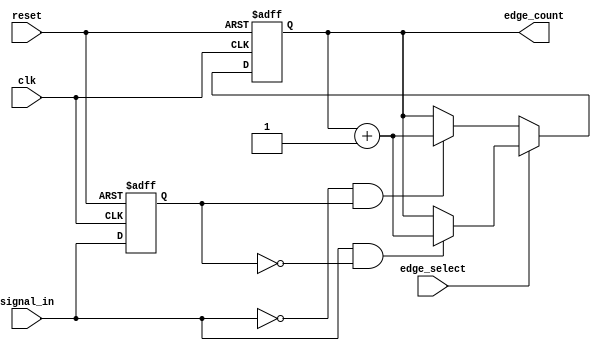
module edge_counter (
    input wire clk,                // Clock input signal
    input wire reset,              // Asynchronous reset signal
    input wire signal_in,          // Input signal for edge detection
    input wire edge_select,        // Control signal to select edge type (1 for rising, 0 for falling)
    output reg [31:0] edge_count   // Output binary edge count
);

    reg signal_in_prev;            // Register to store the previous state of signal_in

    // Asynchronous reset and edge counting logic
    always @(posedge clk or posedge reset) begin
        if (reset) begin
            edge_count <= 32'b0;    // Reset edge count to zero
            signal_in_prev <= 1'b0; // Initialize previous state
        end else begin
            // Edge detection logic
            if (edge_select) begin // Count rising edges
                if (signal_in && !signal_in_prev) begin
                    edge_count <= edge_count + 1; // Increment count on rising edge
                end
            end else begin // Count falling edges
                if (!signal_in && signal_in_prev) begin
                    edge_count <= edge_count + 1; // Increment count on falling edge
                end
            end
            // Update previous state
            signal_in_prev <= signal_in;
        end
    end

endmodule